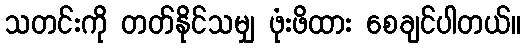
သတင်းကို တတ်နိုင်သမျှ ဖုံးဖိထား စေချင်ပါတယ်။